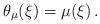
LaTeX: \begin{align*} \theta_\mu(\xi) = \mu(\xi)\, . \end{align*}